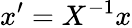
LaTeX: x^{\prime}=X^{-1}x